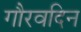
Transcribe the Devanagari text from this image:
गौरवदिन